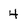
Character: 4